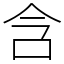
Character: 含